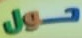
حول